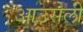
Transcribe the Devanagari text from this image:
आउसेली